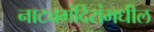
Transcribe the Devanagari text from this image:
नाट्यमंदिरांमधील